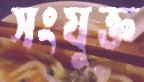
সংযুক্ত